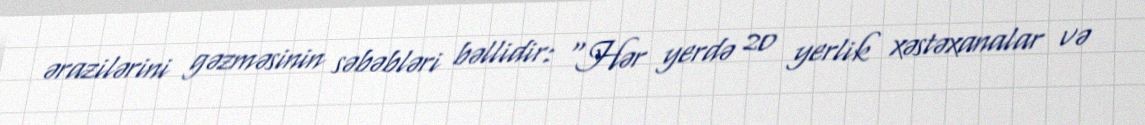
ərazilərini gəzməsinin səbəbləri bəllidir: “Hər yerdə 20 yerlik xəstəxanalar və